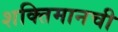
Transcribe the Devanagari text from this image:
शक्तिमानची